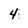
Character: 4